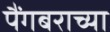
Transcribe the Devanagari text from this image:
पैंगबराच्या